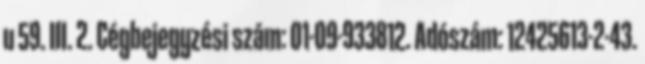
u 59. III. 2. Cégbejegyzési szám: 01-09-933812. Adószám: 12425613-2-43.